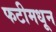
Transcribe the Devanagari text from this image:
फटीमधून